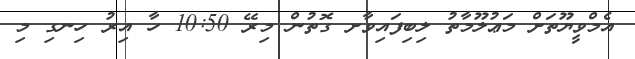
އެމްވީޔޫތަށް މަޢުލޫމާތު ލިބިފައިވާށ ގޮތުން މިރޭ 10:50 ހާ އިރު ހިނގި މި